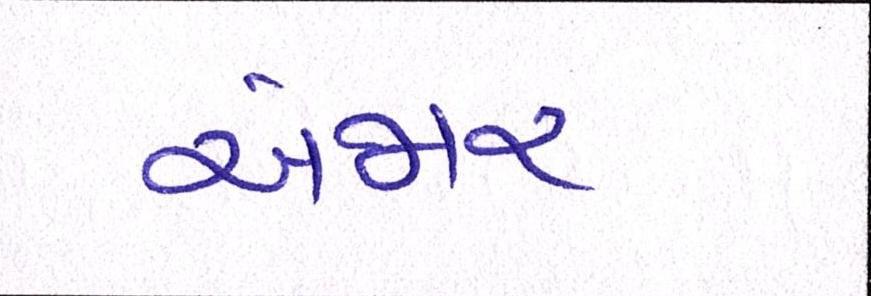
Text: અંજાર